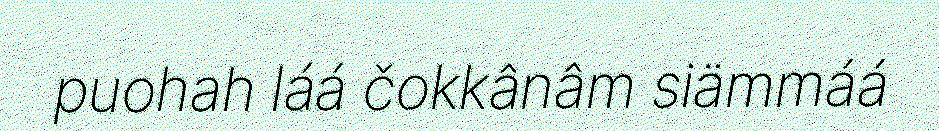
puohah láá čokkânâm siämmáá